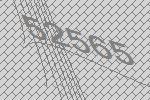
52565